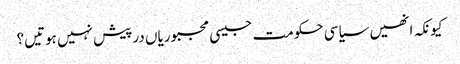
کیونکہ انھیں سیاسی حکومت جیسی مجبوریاں درپیش نہیں ہوتیں؟